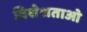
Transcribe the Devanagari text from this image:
विशेशताओ